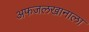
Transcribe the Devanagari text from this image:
अफजलखानाला